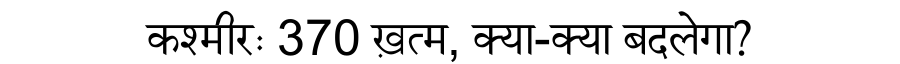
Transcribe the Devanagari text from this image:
कश्मीरः 370 ख़त्म, क्या-क्या बदलेगा?